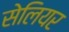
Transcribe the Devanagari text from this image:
सेलियर